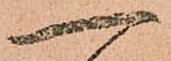
一